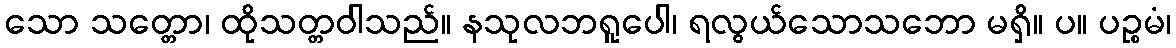
သော သတ္တော၊ ထိုသတ္တဝါသည်။ နသုလဘရူပေါ၊ ရလွယ်သောသဘော မရှိ။ ပ။ ပဉ္စမံ၊